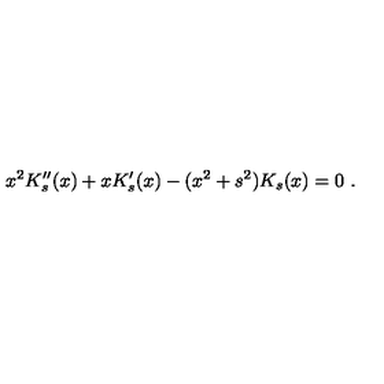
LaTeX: x ^ { 2 } K _ { s } ^ { \prime \prime } ( x ) + x K _ { s } ^ { \prime } ( x ) - ( x ^ { 2 } + s ^ { 2 } ) K _ { s } ( x ) = 0 \ .